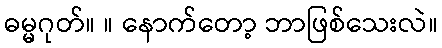
ဓမ္မဂုတ်။ ။ နောက်တော့ ဘာဖြစ်သေးလဲ။